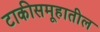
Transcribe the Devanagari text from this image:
टाकीसमूहातील